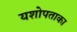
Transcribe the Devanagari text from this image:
यशोपताका